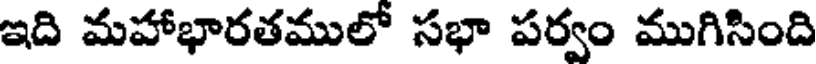
ఇది మహాభారతములో సభా పర్వం ముగిసింది